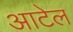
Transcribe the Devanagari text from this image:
आटेल